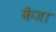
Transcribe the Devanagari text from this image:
कैंजा